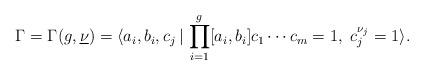
LaTeX: \begin{align*}\Gamma=\Gamma(g,\underline{\nu})=\langle a_i, b_i, c_j\,|\, \prod_{i=1}^g [a_i,b_i] c_1 \cdots c_m =1, \ c_j^{\nu_j}=1 \rangle.\end{align*}